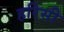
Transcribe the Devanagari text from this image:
हरिसी